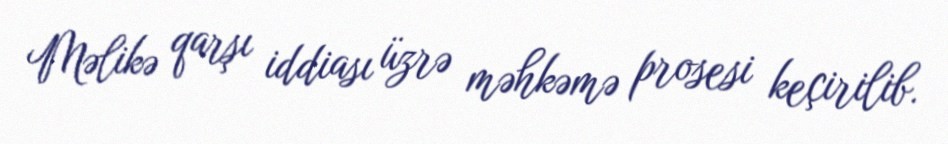
Məlikə qarşı iddiası üzrə məhkəmə prosesi keçirilib.